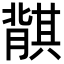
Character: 𬛛